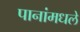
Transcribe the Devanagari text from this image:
पानांमधले